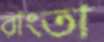
রাংতা